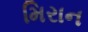
મિરાન